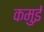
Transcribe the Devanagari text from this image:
कमुई